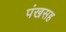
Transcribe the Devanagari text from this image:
पंखसह